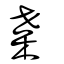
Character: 枼